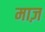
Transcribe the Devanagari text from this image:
माज़